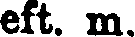
eft. m.